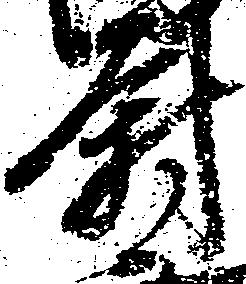
尉